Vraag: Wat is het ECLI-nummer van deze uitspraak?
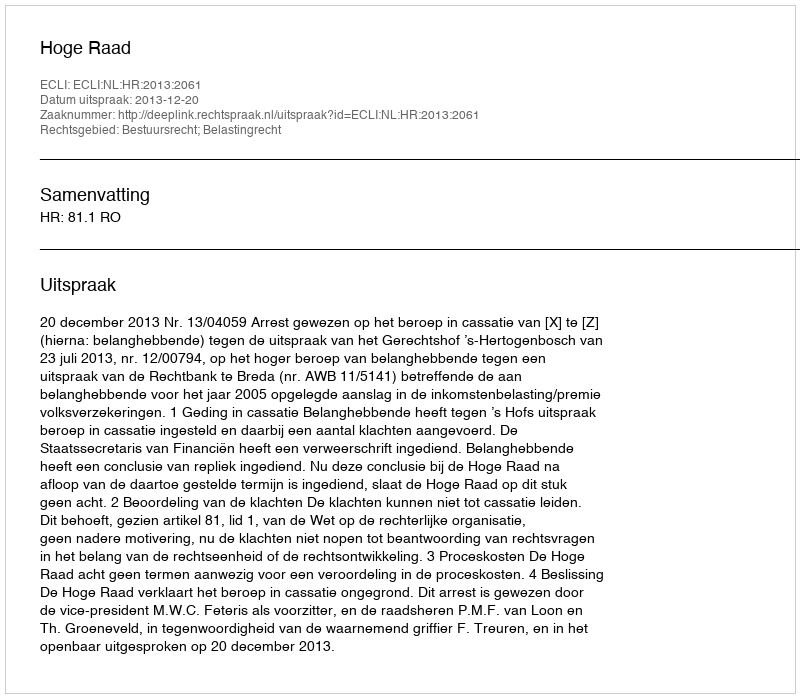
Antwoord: ECLI:NL:HR:2013:2061